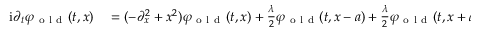
\begin{array} { r l } { \mathrm { i } \partial _ { t } \varphi _ { \mathrm { ~ o ~ l ~ d ~ } } ( t , x ) } & { { } = ( - \partial _ { x } ^ { 2 } + x ^ { 2 } ) \varphi _ { \mathrm { ~ o ~ l ~ d ~ } } ( t , x ) + \frac { \lambda } { 2 } \varphi _ { \mathrm { ~ o ~ l ~ d ~ } } ( t , x - a ) + \frac { \lambda } { 2 } \varphi _ { \mathrm { ~ o ~ l ~ d ~ } } ( t , x + a ) , } \end{array}